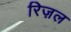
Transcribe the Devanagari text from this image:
रिज़ल